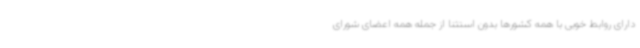
دارای روابط خوبی با همه کشورها بدون استثنا از جمله همه اعضای شورای